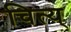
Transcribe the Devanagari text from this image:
चित्य्